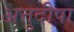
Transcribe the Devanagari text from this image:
अत्तुदीपा